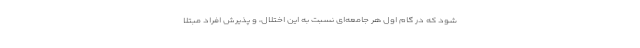
شود که در گام اول هر جامعه‌ای نسبت به این اختلال، و پذیرش افراد مبتلا